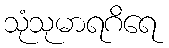
သုံသုမာရဂိရေ